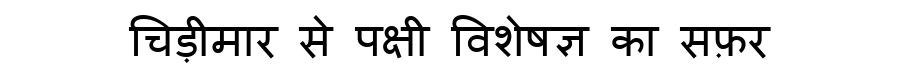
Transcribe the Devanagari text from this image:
चिड़ीमार से पक्षी विशेषज्ञ का सफ़र